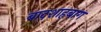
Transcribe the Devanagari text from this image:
बादशाहबाग